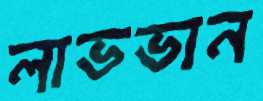
লাভভান